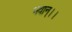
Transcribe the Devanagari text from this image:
भवान्।।